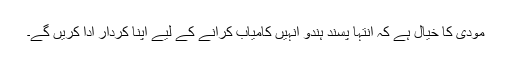
مودی کا خیال ہے کہ انتہا پسند ہندو انہیں کامیاب کرانے کے لیے اپنا کردار ادا کریں گے۔